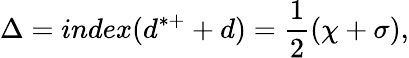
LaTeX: \Delta=index(d^{*+}+d)=\frac{1}{2}(\chi+\sigma),